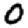
Digit: 0